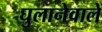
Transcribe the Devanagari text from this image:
घुलानेवाले